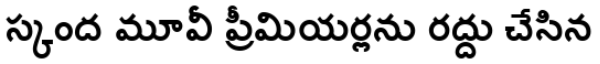
స్కంద మూవీ ప్రీమియర్లను రద్దు చేసిన